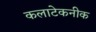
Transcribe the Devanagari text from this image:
कलाटेकनीक